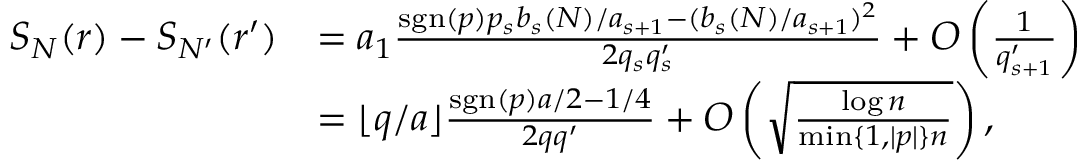
\begin{array} { r l } { S _ { N } ( r ) - S _ { N ^ { \prime } } ( r ^ { \prime } ) } & { = a _ { 1 } \frac { \mathrm { s g n } ( p ) p _ { s } b _ { s } ( N ) / a _ { s + 1 } - ( b _ { s } ( N ) / a _ { s + 1 } ) ^ { 2 } } { 2 q _ { s } q _ { s } ^ { \prime } } + O \left( \frac { 1 } { q _ { s + 1 } ^ { \prime } } \right) } \\ & { = \lfloor q / a \rfloor \frac { \mathrm { s g n } ( p ) a / 2 - 1 / 4 } { 2 q q ^ { \prime } } + O \left( \sqrt { \frac { \log n } { \operatorname* { m i n } \{ 1 , | p | \} n } } \right) , } \end{array}